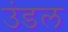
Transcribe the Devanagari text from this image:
उंडल